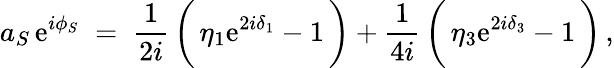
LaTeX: a_{S}\, \mathrm{e}^{i\phi_{S}}\; =\; \frac{{1}}{{2i}}\, \biggl(\, \eta_{1}\mathrm{e}^{2i\delta_{1}}-1\, \biggr)+\frac{{1}}{{4i}}\, \biggl(\, \eta_{3}\mathrm{e}^{2i\delta_{3}}-1\, \biggr)\, ,